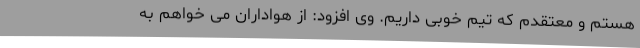
هستم و معتقدم که تیم خوبی داریم. وی افزود: از هواداران می خواهم به